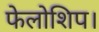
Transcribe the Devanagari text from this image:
फेलोशिप।